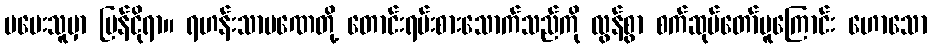
မပေးသူမှာ ပြန်ငိုရာ။ ရဟန်းသာမဏေတို့ တောင်းရမ်းစားသောက်သည်ကို လွန်စွာ စက်ဆုပ်တော်မူကြောင်း ဟောသော